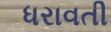
ધરાવતી